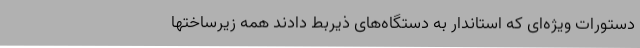
دستورات ویژه‌ای که استاندار به دستگاه‌های ذیربط دادند همه زیرساختها